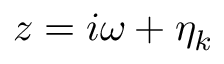
z = i \omega + \eta _ { k }